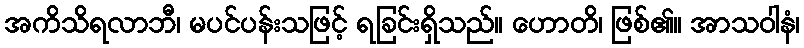
အကိသိရလာဘီ၊ မပင်ပန်းသဖြင့် ရခြင်းရှိသည်။ ဟောတိ၊ ဖြစ်၏။ အာသဝါနံ၊